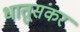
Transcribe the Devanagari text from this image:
धातुसंकर